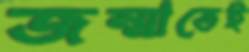
জন্মাতেই